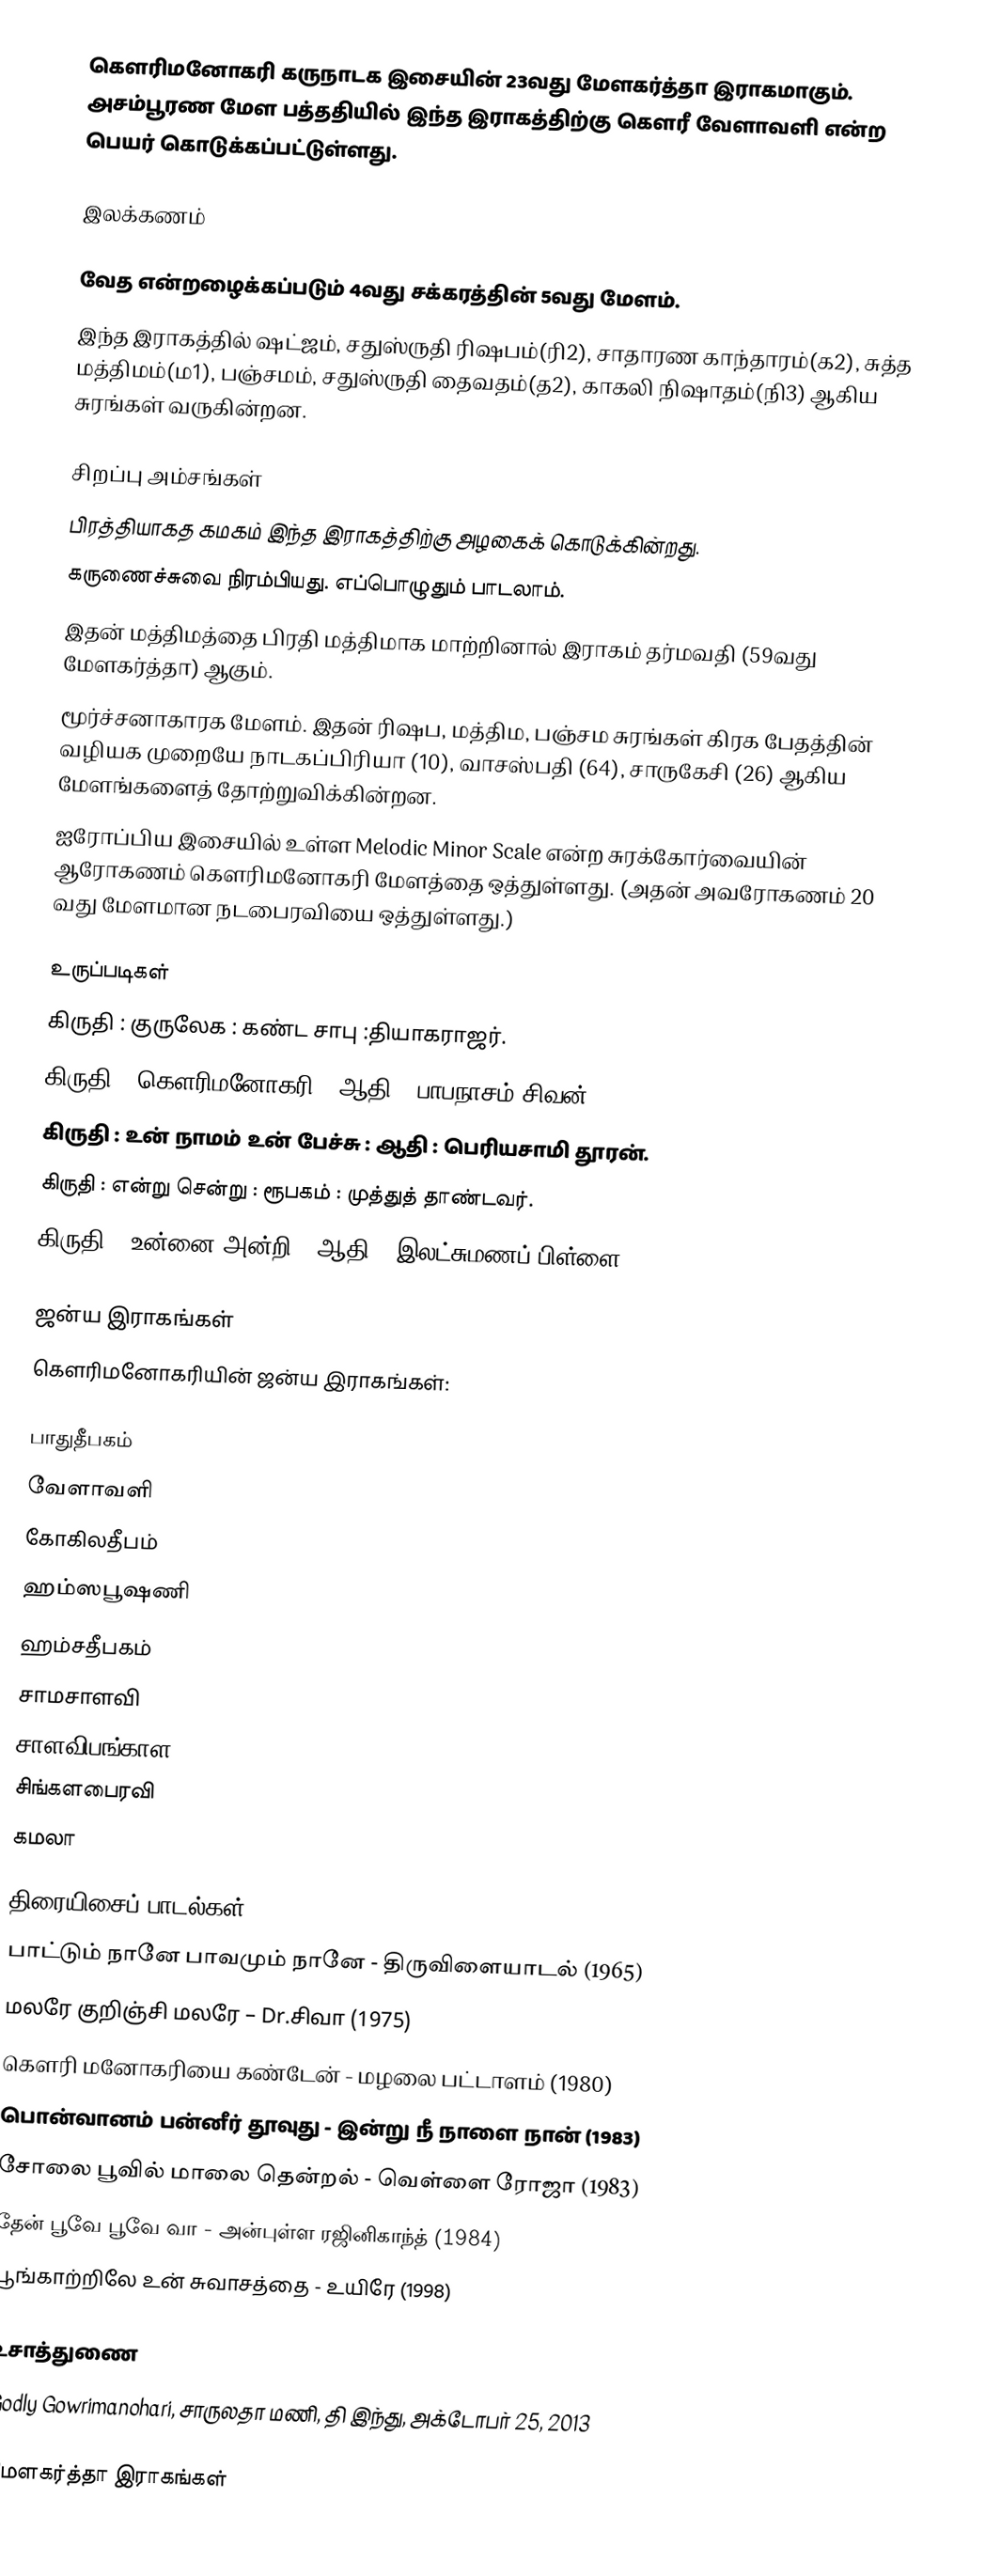
கௌரிமனோகரி கருநாடக இசையின் 23வது மேளகர்த்தா இராகமாகும். அசம்பூரண மேள பத்ததியில் இந்த இராகத்திற்கு கௌரீ வேளாவளி என்ற பெயர் கொடுக்கப்பட்டுள்ளது.

இலக்கணம்

 வேத என்றழைக்கப்படும் 4வது சக்கரத்தின் 5வது மேளம்.
 இந்த இராகத்தில் ஷட்ஜம், சதுஸ்ருதி ரிஷபம்(ரி2), சாதாரண காந்தாரம்(க2), சுத்த மத்திமம்(ம1), பஞ்சமம், சதுஸ்ருதி தைவதம்(த2), காகலி நிஷாதம்(நி3) ஆகிய சுரங்கள் வருகின்றன.

சிறப்பு அம்சங்கள்
 பிரத்தியாகத கமகம் இந்த இராகத்திற்கு அழகைக் கொடுக்கின்றது.
 கருணைச்சுவை நிரம்பியது. எப்பொழுதும் பாடலாம்.
 இதன் மத்திமத்தை பிரதி மத்திமாக மாற்றினால் இராகம் தர்மவதி (59வது மேளகர்த்தா) ஆகும்.
 மூர்ச்சனாகாரக மேளம். இதன் ரிஷப, மத்திம, பஞ்சம சுரங்கள் கிரக பேதத்தின் வழியக முறையே நாடகப்பிரியா (10), வாசஸ்பதி (64), சாருகேசி (26) ஆகிய மேளங்களைத் தோற்றுவிக்கின்றன.
 ஐரோப்பிய இசையில் உள்ள Melodic Minor Scale என்ற சுரக்கோர்வையின் ஆரோகணம் கௌரிமனோகரி மேளத்தை ஒத்துள்ளது. (அதன் அவரோகணம் 20 வது மேளமான நடபைரவியை ஒத்துள்ளது.)

உருப்படிகள்
கிருதி	: குருலேக	: கண்ட சாபு	:தியாகராஜர்.
கிருதி		: கௌரிமனோகரி	: ஆதி		: பாபநாசம் சிவன்.
கிருதி		: உன் நாமம் உன் பேச்சு	: ஆதி		: பெரியசாமி தூரன்.
கிருதி		: என்று சென்று		: ரூபகம்	: முத்துத் தாண்டவர்.
கிருதி		: உன்னை அன்றி	: ஆதி		: இலட்சுமணப் பிள்ளை.

ஜன்ய இராகங்கள்
கௌரிமனோகரியின் ஜன்ய இராகங்கள்:

 பாதுதீபகம்
 வேளாவளி
 கோகிலதீபம்
 ஹம்ஸபூஷணி
 ஹம்சதீபகம்
 சாமசாளவி
 சாளவிபங்காள
 சிங்களபைரவி
 கமலா

திரையிசைப் பாடல்கள்
 பாட்டும் நானே பாவமும் நானே - திருவிளையாடல் (1965)
 மலரே குறிஞ்சி மலரே – Dr.சிவா (1975)
 கௌரி மனோகரியை கண்டேன் - மழலை பட்டாளம் (1980)
 பொன்வானம் பன்னீர் தூவுது - இன்று நீ நாளை நான் (1983)
 சோலை பூவில் மாலை தென்றல் - வெள்ளை ரோஜா (1983)
 தேன் பூவே பூவே வா - அன்புள்ள ரஜினிகாந்த் (1984)
 பூங்காற்றிலே உன் சுவாசத்தை - உயிரே (1998)

உசாத்துணை
 Godly Gowrimanohari, சாருலதா மணி, தி இந்து, அக்டோபர் 25, 2013

மேளகர்த்தா இராகங்கள்